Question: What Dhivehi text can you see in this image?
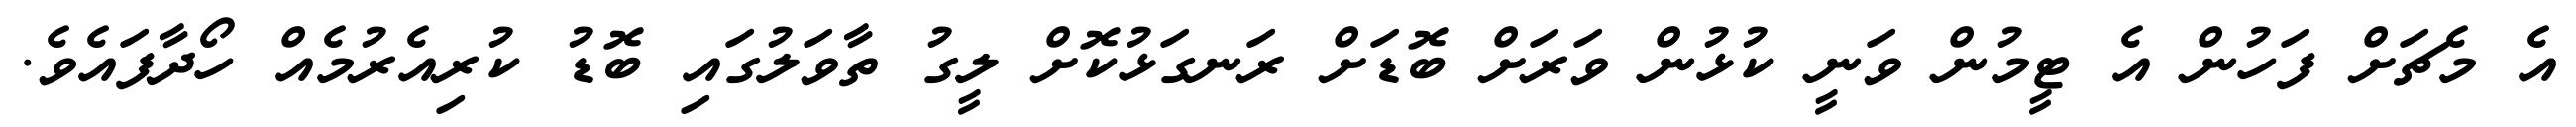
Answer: އެ މެޗަށް ފަހުން އެ ޓީމުން ވަނީ ކުޅުން ވަރަށް ބޮޑަށް ރަނގަޅުކޮށް ލީގު ތާވަލުގައި ބޮޑު ކުރިއެރުމެއް ހޯދާފައެވެ.